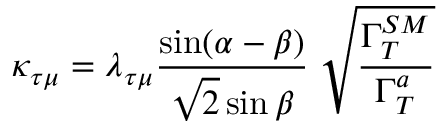
\kappa _ { \tau \mu } = \lambda _ { \tau \mu } \frac { \sin ( \alpha - \beta ) } { \sqrt { 2 } \sin \beta } \; \sqrt { \frac { \Gamma _ { T } ^ { S M } } { \Gamma _ { T } ^ { a } } }